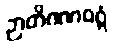
ဉာတိဂဏဝဂ္ဂံ